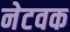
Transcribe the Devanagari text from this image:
नेटवक